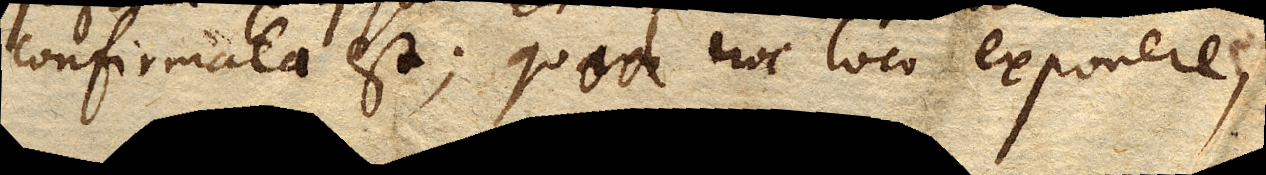
confirmata est; quod hoc loco exponere,